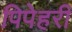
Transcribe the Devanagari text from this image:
पिपेहरी